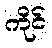
ကိုင်